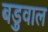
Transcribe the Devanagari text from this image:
बडुवाल